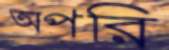
অপরি